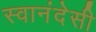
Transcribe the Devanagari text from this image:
स्वानंदेसी